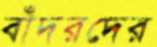
বাঁদরদের